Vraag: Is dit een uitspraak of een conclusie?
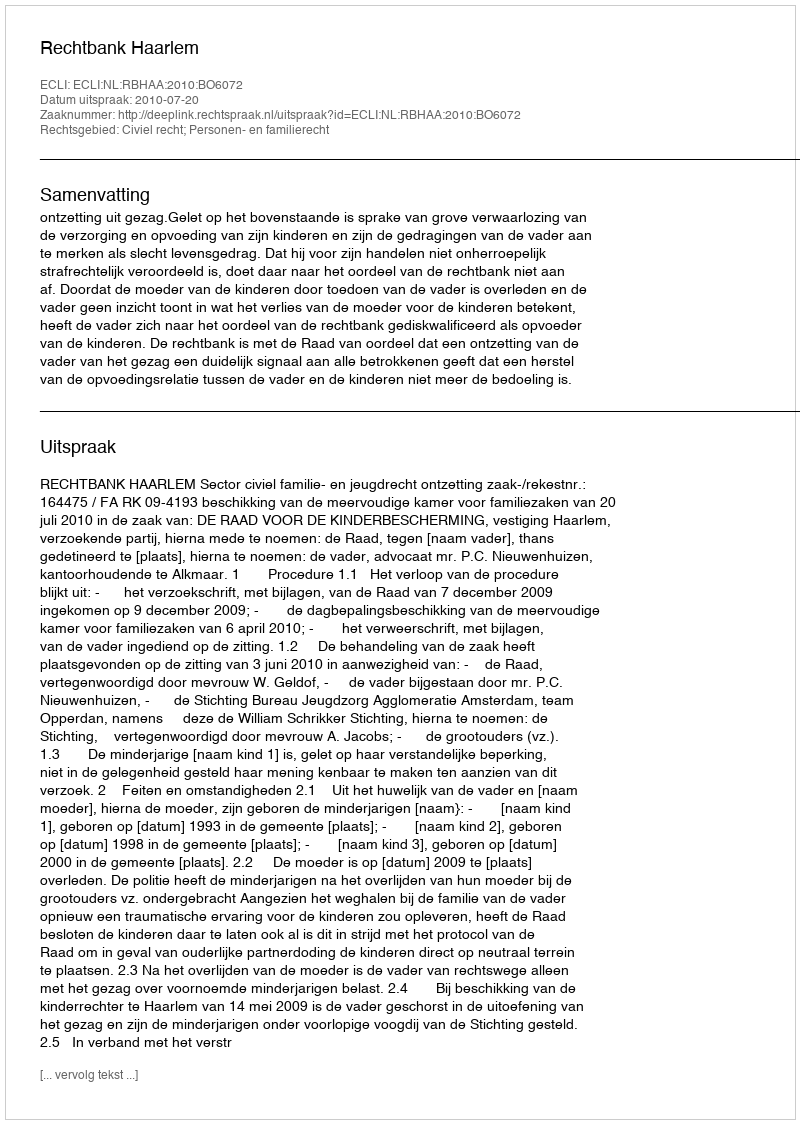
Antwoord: Uitspraak